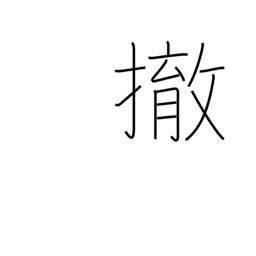
Meaning: disarm